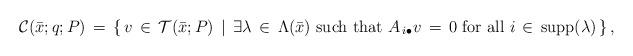
LaTeX: \begin{align*}{\cal C}(\bar{x};q;P) \, = \, \left\{ \, v \, \in \, {\cal T}(\bar{x};P) \, \mid \, \exists \lambda \, \in \, \Lambda(\bar{x})\mbox{ such that } A_{\, i \bullet}v \, = \, 0 \mbox{ for all } i \, \in \, \mbox{supp}(\lambda) \, \right\},\end{align*}